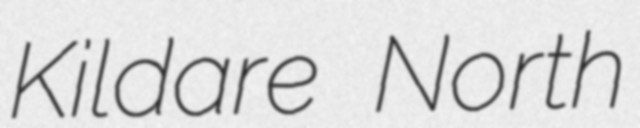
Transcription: Kildare North